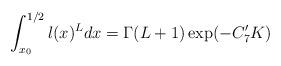
LaTeX: \begin{align*}\int_{x_0}^{1/2}l(x)^Ldx=\Gamma(L+1)\exp(-C_7'K)\end{align*}